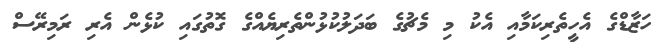
ހަޒާޑްގެ އެހީތެރިކަމާއި އެކު މި މެޗުގެ ބަދަލުކުޅުންތެރިޔެއްގެ ގޮތުގައި ކުޅެން އެރި ރަމިރޭސް